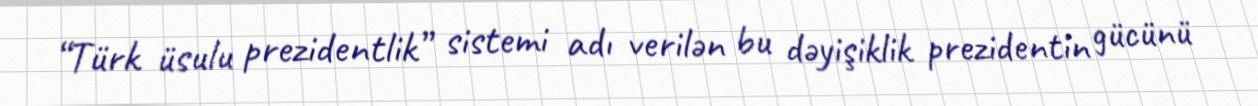
“Türk üsulu prezidentlik” sistemi adı verilən bu dəyişiklik prezidentin gücünü